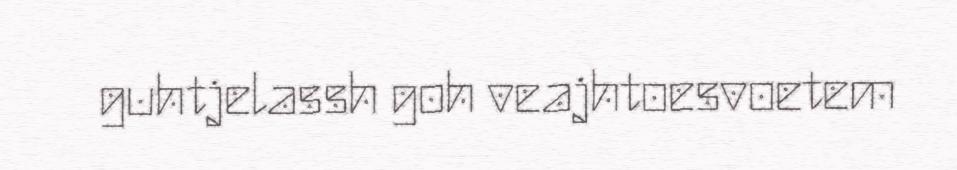
guhtjelassh goh veajhtoesvoetem